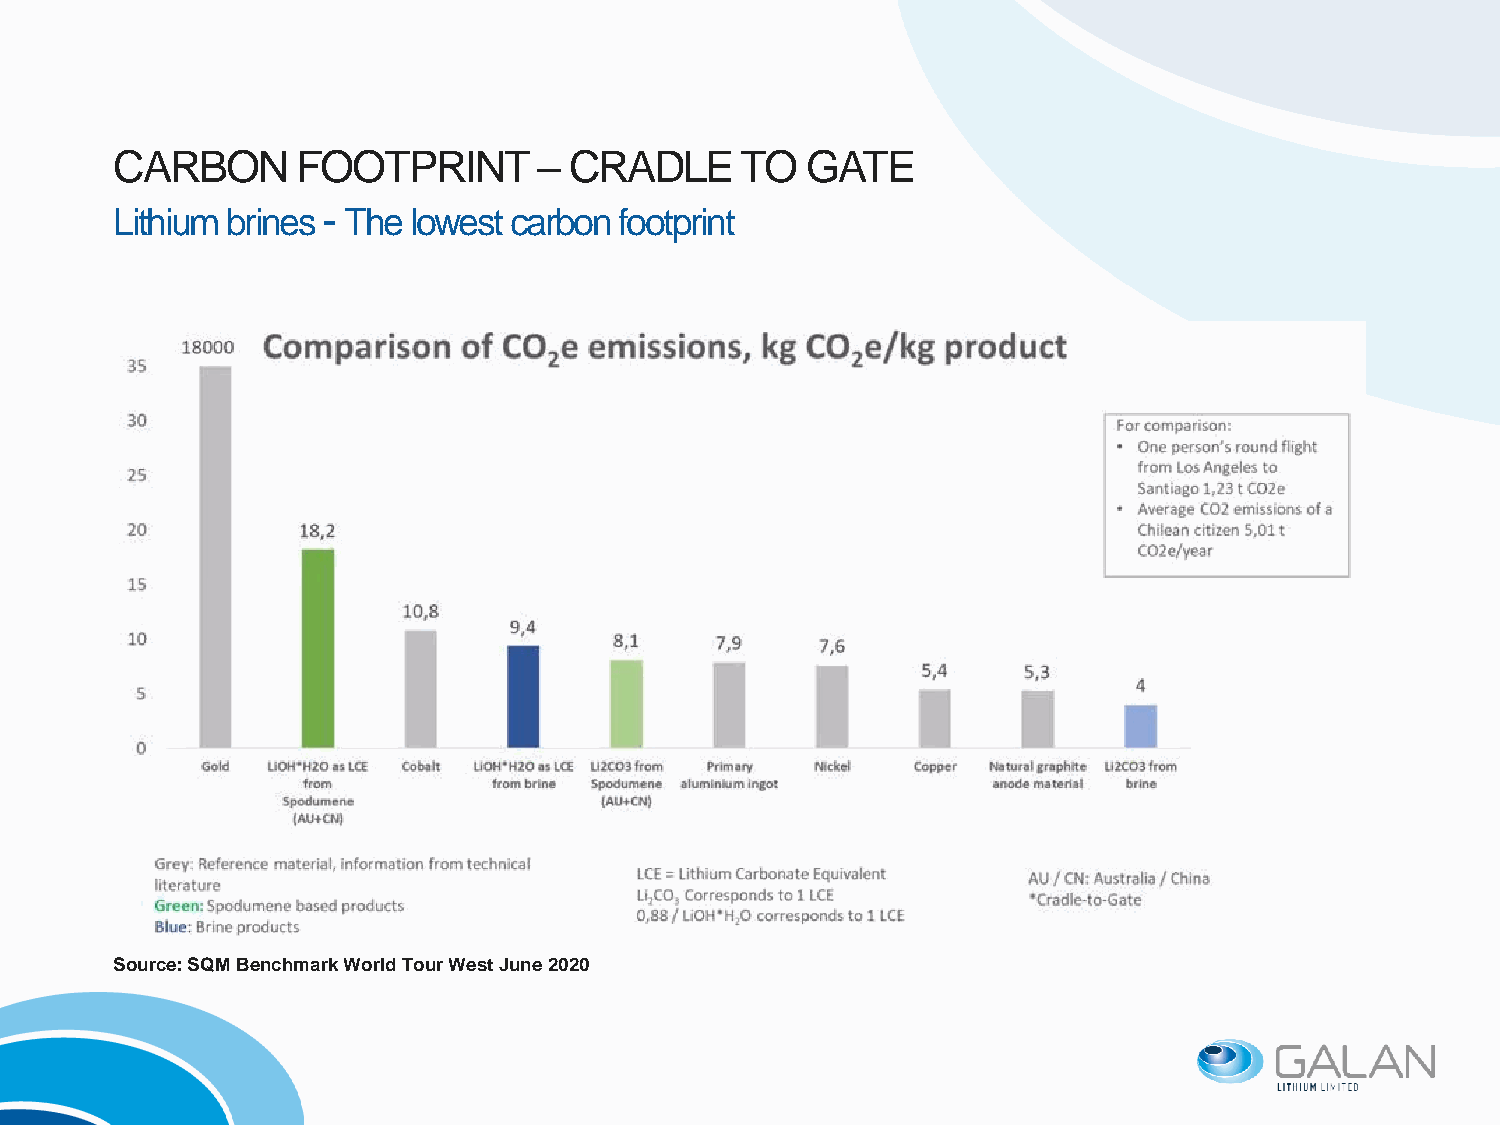
CARBON      FOOTPRINT       – CRADLE     TO  GATE
 Lithium brines - The lowest carbon footprint
 Source: SQM Benchmark World Tour West June 2020